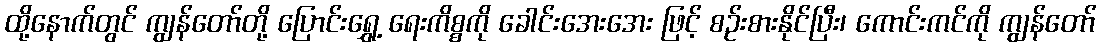
ထို့နောက်တွင် ကျွန်တော်တို့ ပြောင်းရွှေ့ ရေးကိစ္စကို ခေါင်းအေးအေး ဖြင့် စဉ်းစားနိုင်ပြီး၊ ကောင်းကင်ကို ကျွန်တော်